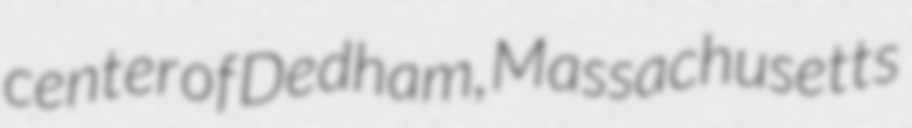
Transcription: center of Dedham, Massachusetts